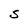
Character: S